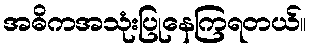
အဓိကအသုံးပြုနေကြရတယ်။